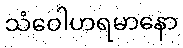
သံဝေါဟရမာနော